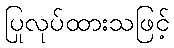
ပြုလုပ်ထားသဖြင့်